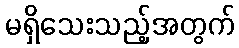
မရှိသေးသည့်အတွက်